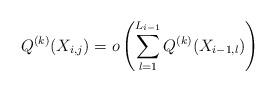
LaTeX: \begin{align*}Q^{(k)}(X_{i,j}) = o\left( \sum_{l=1}^{L_{i-1}} Q^{(k)}(X_{i-1,l})\right)\end{align*}